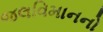
જલવિમાનનો